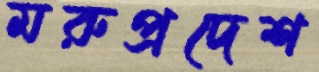
মরুপ্রদেশ